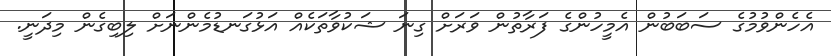
އެހެންވުމުގެ ސަބަބުން އެމީހުންގެ ފަރާތުން ވަރަށް ގިނަ ޝަކުވާތަކެއް އަޅުގަނޑުމެންނަށް ލިބިގެން މިދަނީ.